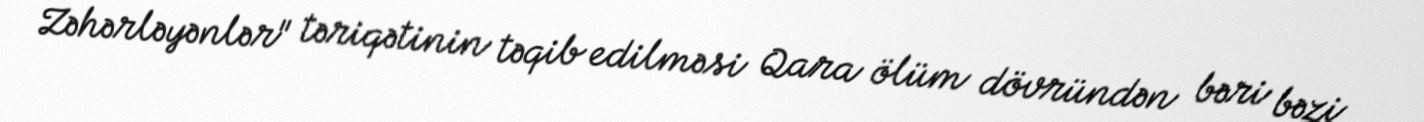
Zəhərləyənlər" təriqətinin təqib edilməsi Qara ölüm dövründən bəri bəzi